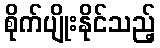
စိုက်ပျိုးနိုင်သည့်